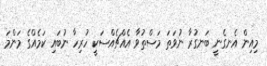
މިއިން އެނގެނީ ބަނގުރާ ނުވަތަ މަސްތުވާ އެއްޗެއްސަކީ ހުރިހާ ނުބައި ކަމެއްގެ މަންމަ